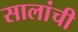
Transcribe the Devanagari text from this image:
सालांची